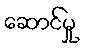
ဆောင်မှု